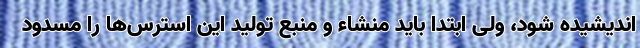
اندیشیده شود، ولی ابتدا باید منشاء و منبع تولید این استرس‌ها را مسدود